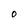
Character: O